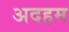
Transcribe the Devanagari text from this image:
अदहम